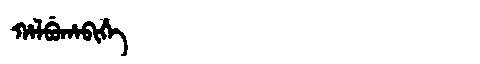
Manchu: ᡥᠠᠯᠪᡠᡥᠠᠪᡳᡥᡝ
Romanization: HALBUHABIHE